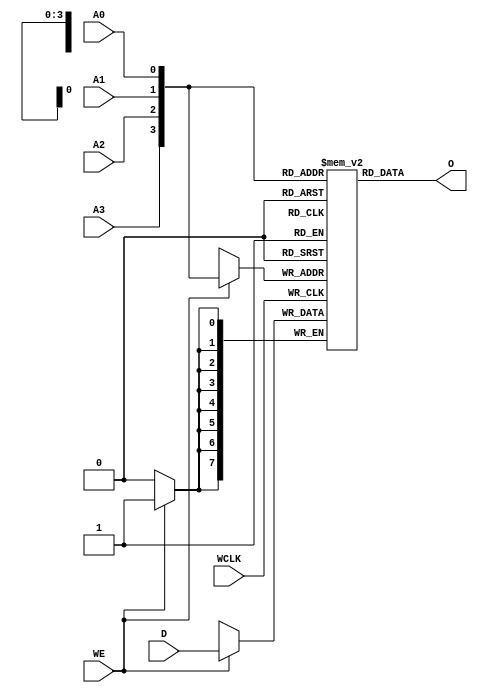
module RAM16X8S (O, A0, A1, A2, A3, D, WCLK, WE);

    parameter INIT_00 = 16'h0000;
    parameter INIT_01 = 16'h0000;
    parameter INIT_02 = 16'h0000;
    parameter INIT_03 = 16'h0000;
    parameter INIT_04 = 16'h0000;
    parameter INIT_05 = 16'h0000;
    parameter INIT_06 = 16'h0000;
    parameter INIT_07 = 16'h0000;

    output [7:0] O;

    input  A0, A1, A2, A3, WCLK, WE;
    input [7:0] D;


    reg   [7:0] mem [15:0];
    integer i;
    reg test;

    wire [3:0] adr;

    assign adr = {A3, A2, A1, A0};
    assign O = mem[adr];

    initial  
        for (i = 0; i < 16; i=i+1) 
            mem[i] = {INIT_07[i], INIT_06[i], INIT_05[i], INIT_04[i], INIT_03[i], INIT_02[i],
                      INIT_01[i], INIT_00[i]};

    always @(posedge WCLK) 
        if (WE == 1'b1) 
            mem[adr] <= #100 D;

endmodule